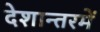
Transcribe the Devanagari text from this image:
देशान्तरमें